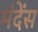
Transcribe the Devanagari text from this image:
मंदेंस